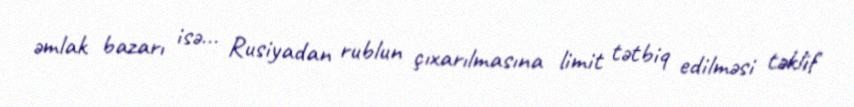
əmlak bazarı isə... Rusiyadan rublun çıxarılmasına limit tətbiq edilməsi təklif